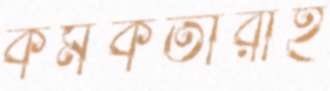
কর্মকতারাই